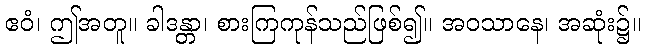
ဧဝံ၊ ဤအတူ။ ခါဒန္တာ၊ စားကြကုန်သည်ဖြစ်၍။ အဝသာနေ၊ အဆုံး၌။